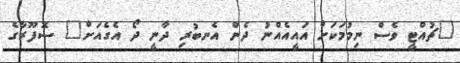
"ޗުއްޓީ ވެސް ނިމުމަކަށް އައީއެއްނު ދެން އެނބުރި ދާނީ ދޯ އެގެއަށް" ސޮފޫރާގެ